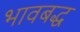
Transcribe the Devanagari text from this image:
भावबद्ध